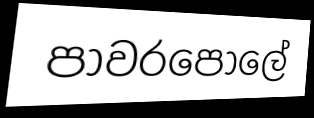
පාවරපොලේ